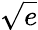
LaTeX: \sqrt{e}